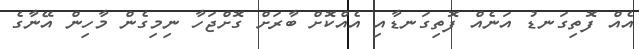
އެއް ފޮތިގަނޑު އަނެއް ފޮތިގަނޑާއި އެއްކޮށް ބާރަށް ގޮށްޖަހާ ނިމިގެން މާހިން އޭނާގެ